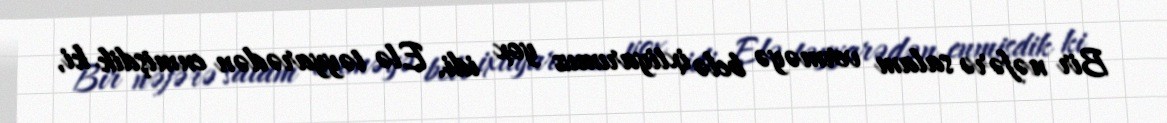
Bir nəfərə salam verməyə belə ixtiyarımız yox idi. Elə təyyarədən enmişdik ki,